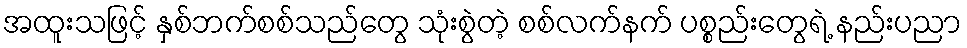
အထူးသဖြင့် နှစ်ဘက်စစ်သည်တွေ သုံးစွဲတဲ့ စစ်လက်နက် ပစ္စည်းတွေရဲ့ နည်းပညာ